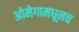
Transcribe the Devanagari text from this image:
ओमेगामधूनच